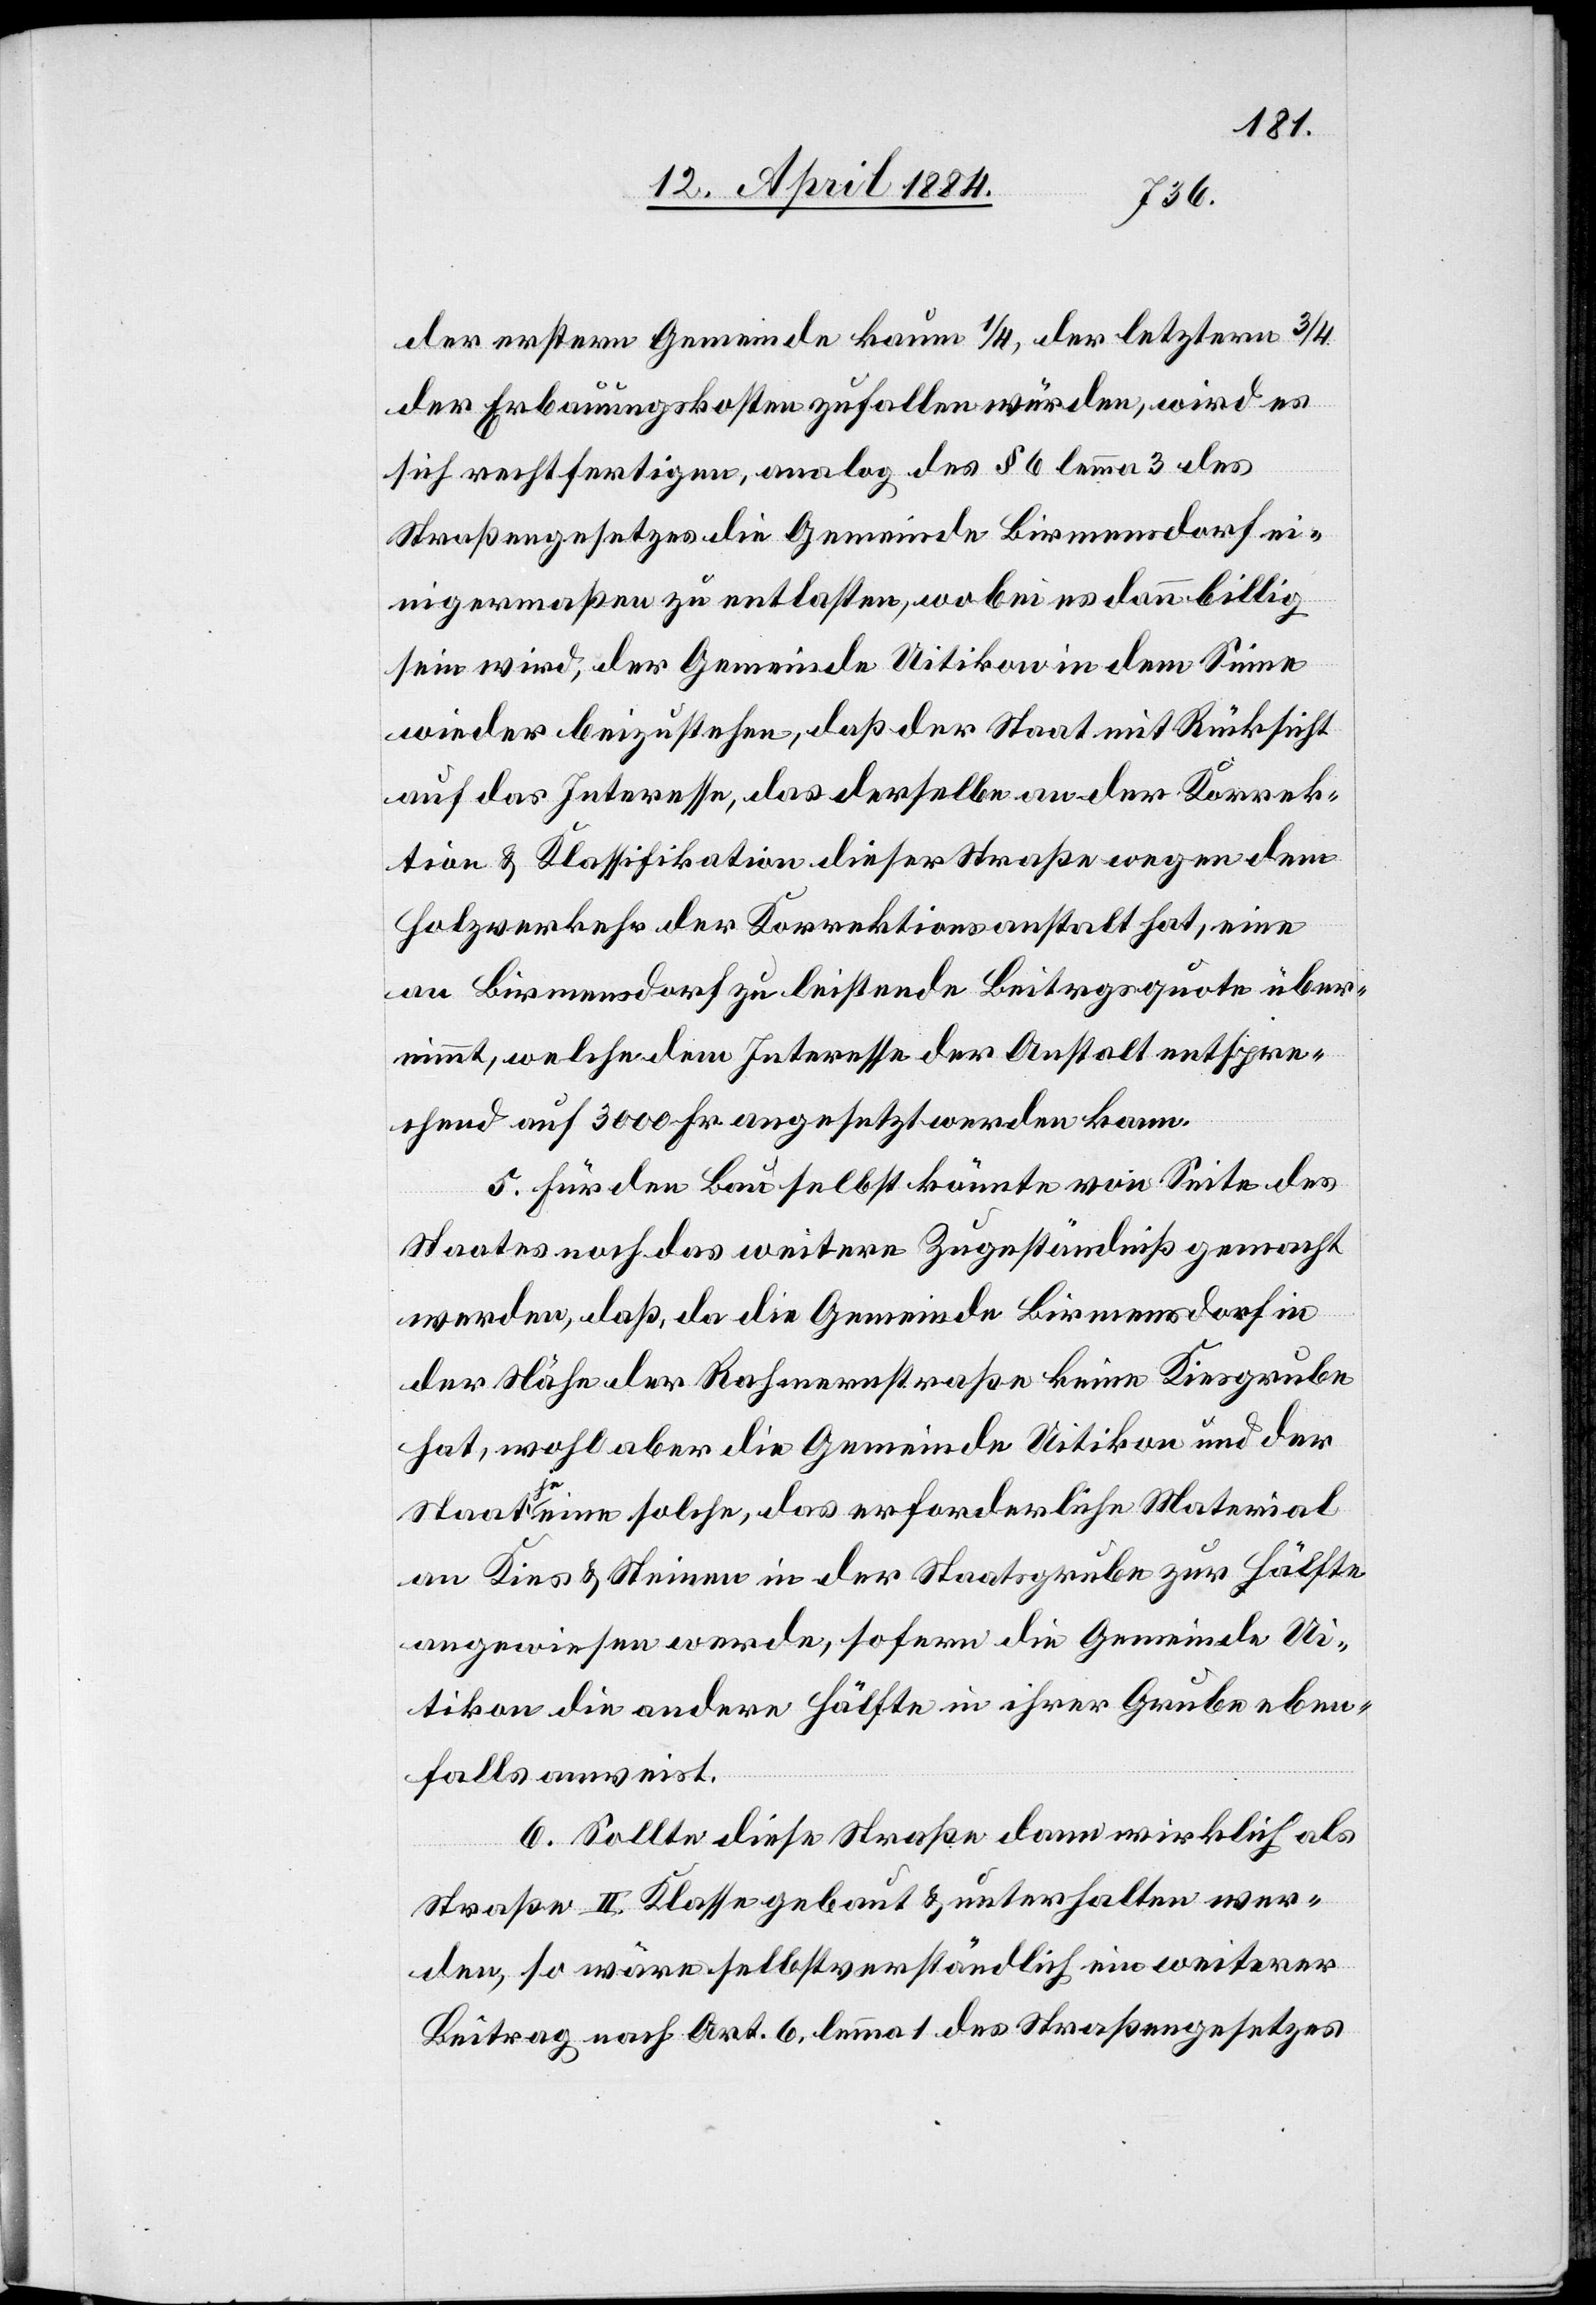
der erstern Gemeinde kaum 1/4, der letztern 3/4
der Erbauungskosten zufallen würden, wird es
sich rechtfertigen, analog des § 6 lemma 3 des
Straßengesetzes die Gemeinde Birmensdorf ei¬
nigermaßen zu entlasten, wobei es dann billig
sein wird, der Gemeinde Uitikon in dem Sinne
wieder beizustehen, daß der Staat mit Rücksicht
auf das Interesse, das derselbe an der Korrek¬
tion & Klassifikation dieser Straße wegen dem
Holzverkehr der Korrektionsanstalt hat, eine
an Birmensdorf zu leistende Beitragsquote über¬
nimmt, welche dem Interesse der Anstalt entspre¬
chend auf 3000 Fr. angesetzt werden kann.
5. Für den Bau selbst könnte von Seite des
Staates noch das weitere Zugeständniß gemacht
werden, daß da die Gemeinde Birmensdorf in
der Nähe der Rahmernstraße keine Kiesgrube
hat, wohl aber die Gemeinde Uitkion und der
Staat ja eine solche, das erforderliche Material
an Kies & Steinen in der Staatsgrube zur Hälfte
angewiesen werden, sofern die Gemeinde Ui¬
tikon die andere Hälfte in ihrer Grube eben¬
falls anweist.
6. Sollte diese Straße dann wirklich als
Straße II. Klasse gebaut & unterhalten wer¬
de, so wäre selbstverständlich ein weiterer
Beitrag nach Art. 6, lemma 1 des Straßengesetzes